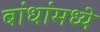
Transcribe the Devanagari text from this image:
बांधांमध्ये